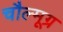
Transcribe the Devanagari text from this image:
चौल्मूग्र